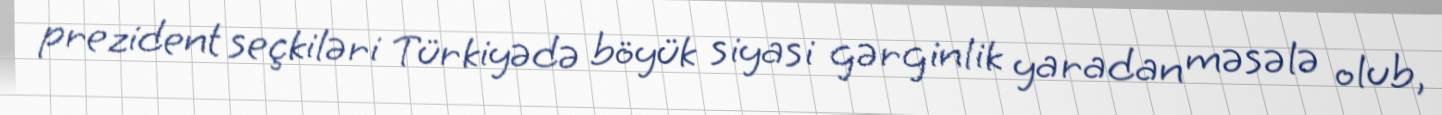
prezident seçkiləri Türkiyədə böyük siyasi gərginlik yaradan məsələ olub,